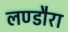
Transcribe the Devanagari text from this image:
लण्डौरा